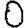
Digit: 0